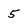
Character: 5